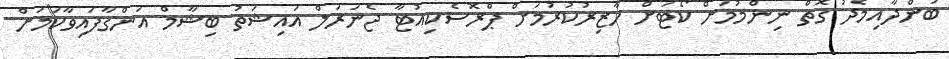
ބަންދާއިމެދު ގޮތް ނިންމުމަށް ކޯޓަށް ހާޒިރުކުރުމަށް ޕްރޮސެކިއުޓާ ޖެނަރަލް އައިޝަތު ބިޝާމް އަންގާފައިވާކަމަށް